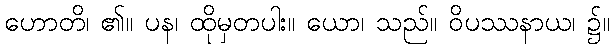
ဟောတိ၊ ၏။ ပန၊ ထိုမှတပါး။ ယော၊ သည်။ ဝိပဿနာယ၊ ၌။